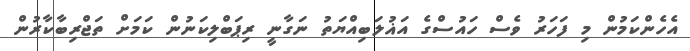
އެހެންކަމުން މި ފަހަރު ވެސް ހައުސްގެ އަޣުލަބިއްޔަތު ނަގާނީ ރިޕަބްލިކަނުން ކަމަށް ތަޖްރިބާކާރުން